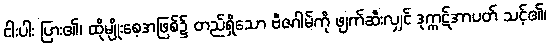
ငါးပါး ပြား၏၊ ထိုမျိုးစေ့အဖြစ်၌ တည်ရှိသော ဗီဇဂါမ်ကို ဖျက်ဆီးလျှင် ဒုက္ကဋ်အာပတ် သင့်၏၊